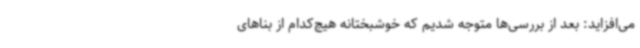
می‌افزاید: بعد از بررسی‌ها متوجه شدیم که خوشبختانه هیچ‌کدام از بناهای